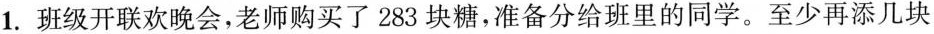
1.班级开联欢晚会，老师购买了283块糖，准备分给班里的同学。至少再添几块